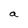
Character: a